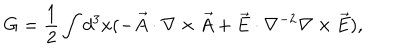
G = \frac { 1 } { 2 } \int d ^ { 3 } x ( - \vec { A } \cdot \nabla \times \vec { A } + \vec { E } \cdot \nabla ^ { - 2 } \nabla \times \vec { E } ) ,